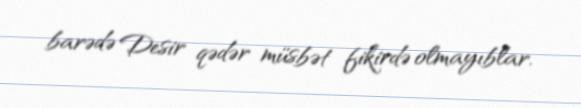
barədə Desir qədər müsbət fikirdə olmayıblar.